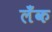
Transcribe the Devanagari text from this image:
लँक